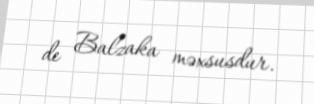
de Balzaka məxsusdur.